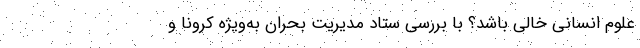
علوم انسانی خالی باشد؟ با بررسی ستاد مدیریت بحران به‌ویژه کرونا و